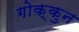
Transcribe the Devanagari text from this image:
गोक्कुन